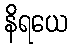
နိရယေ